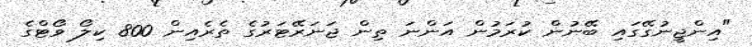
"އިންޖީނުގޭގައި ބޭނުން ކުރަމުން އަންނަ ތިން ޖަނަރޭޓަރުގެ ތެރެއިން 800 ކިލޯ ވޯޓްގެ